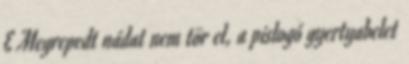
E Megrepedt nádat nem tör el, a pislogó gyertyabelet